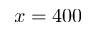
x = 4 0 0